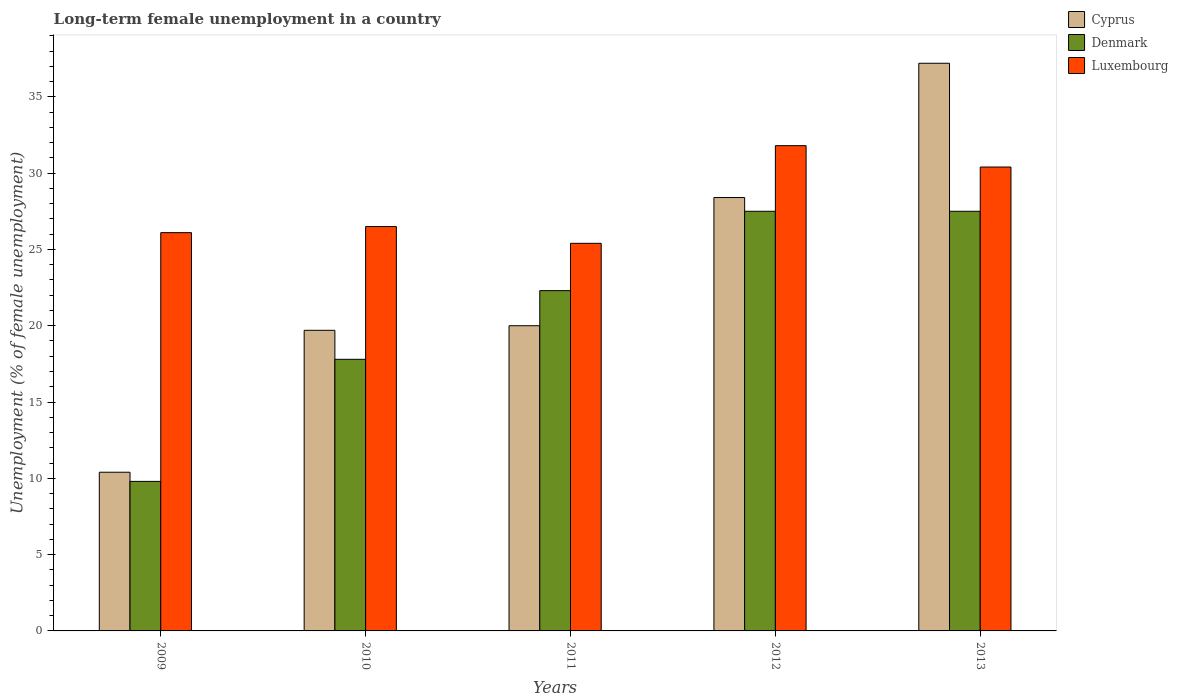
| Years | Cyprus | Denmark | Luxembourg |
 | --- | --- | --- | --- |
 | 2009 | 10.4 | 9.8 | 26.1 |
 | 2010 | 19.7 | 17.8 | 26.5 |
 | 2011 | 20 | 22.3 | 25.4 |
 | 2012 | 28.4 | 27.5 | 31.8 |
 | 2013 | 37.2 | 27.5 | 30.4 |